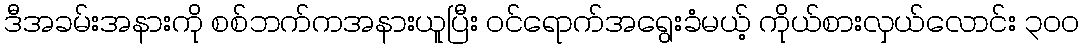
ဒီအခမ်းအနားကို စစ်ဘက်ကအနားယူပြီး ဝင်ရောက်အရွေးခံမယ့် ကိုယ်စားလှယ်လောင်း ၃ဝဝ